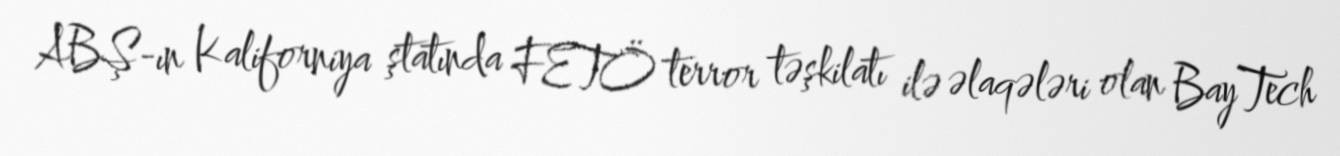
ABŞ-ın Kaliforniya ştatında FETÖ terror təşkilatı ilə əlaqələri olan BayTech